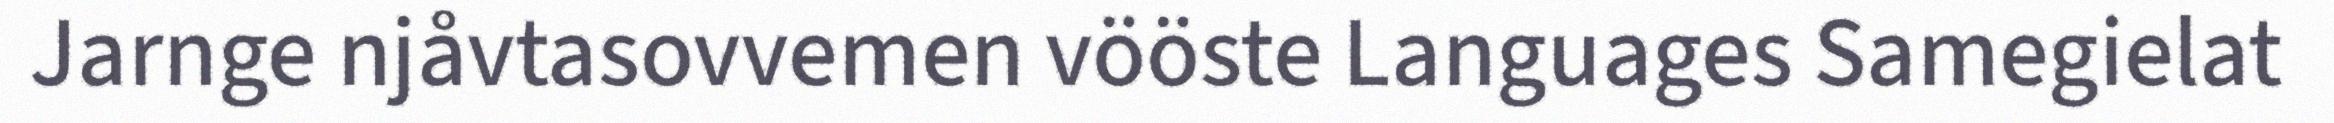
Jarnge njåvtasovvemen vööste Languages Samegielat